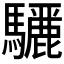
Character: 𮪜